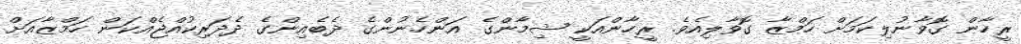
ރީހާން ގޮވާނުލިކަމަށް ހަމްޒާ ގޮވާލިއެވެ. ރީހާންއަކީ ޝިމާންގެ އަންހެނުންގެ ދެބެއިންގެ ދެދަރިކުއްޖެއްކަން ހަމްޒާއަށް